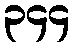
၃၄၄